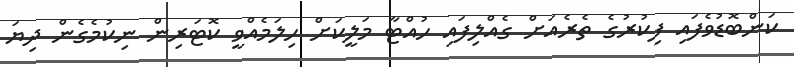
ކަންބޮޑުވެފައި ފިކުރުގެ ތެރެއަށް ގެއްލިފައި ހުއްޓާ މަލީކަށް ހިލަމެއްވީ ކޮޓަރިން ނިކުމެގެން ދިޔަ